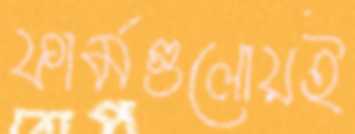
ফার্মগুলোয়ই